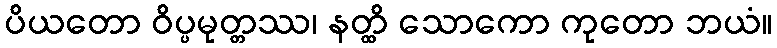
ပိယတော ဝိပ္ပမုတ္တဿ၊ နတ္ထိ သောကော ကုတော ဘယံ။